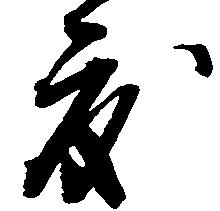
度